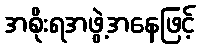
အစိုးရအဖွဲ့အနေဖြင့်